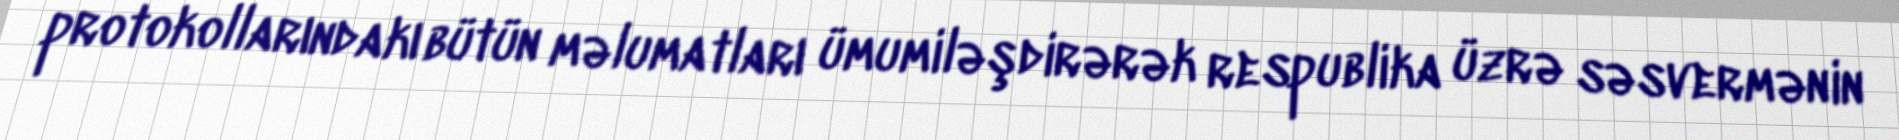
protokollarındakı bütün məlumatları ümumiləşdirərək respublika üzrə səsvermənin